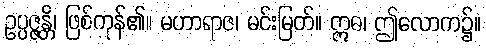
ဥပ္ပဇ္ဇန္တိ၊ ဖြစ်ကုန်၏။ မဟာရာဇ၊ မင်းမြတ်။ ဣဓ၊ ဤလောက၌။